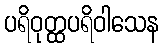
ပရိဝုတ္ထပရိဝါသေန